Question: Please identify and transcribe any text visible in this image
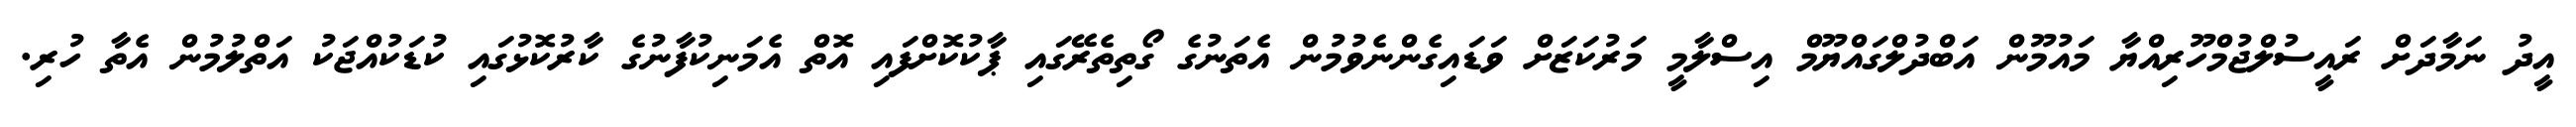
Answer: އީދު ނަމާދަށް ރައީސުލްޖުމްހޫރިއްޔާ މައުމޫން އަބްދުލްގައްޔޫމް އިސްލާމީ މަރުކަޒަށް ވަޑައިގެންނެވުމުން އެތަނުގެ ގޯތިތެރޭގައި ޕާކުކޮށްފައި އޮތް އެމަނިކުފާނުގެ ކާރުކޮޅުގައި ކުޑަކުއްޖަކު އަތްލުމުން އެތާ ހުރި.